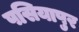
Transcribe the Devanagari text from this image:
पसियापुर